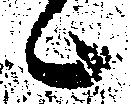
候